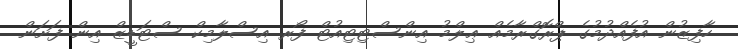
ހާފިޒުން އުފެއްދުމުގެ ޕްރޮގްރާމެއް ޢިލްމު އިންސްޓިޓިއުޓް ފޯރ އިސްލާމިކް ސްޓަޑީޒް އިން ފަށަން